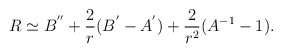
\begin{align*}R\simeq B^{''}+\frac{2}{r}(B^{'}-A^{'})+\frac{2}{r^2}(A^{-1}-1).\end{align*}